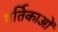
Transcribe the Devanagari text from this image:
गर्तिकाओं